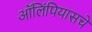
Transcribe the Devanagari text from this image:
ऑलिंपियासचे